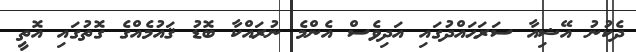
ދެކުނު އޭޝިއާ ސަރަޙައްދުގައި އަދިވެސް އެންމެ ނުރައްކާ ބޮޑު ޤައުމެއްގެ ގޮތުގައި އޮތީ